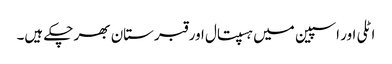
اٹلی اور اسپین میں ہسپتال اور قبرستان بھر چکے ہیں۔